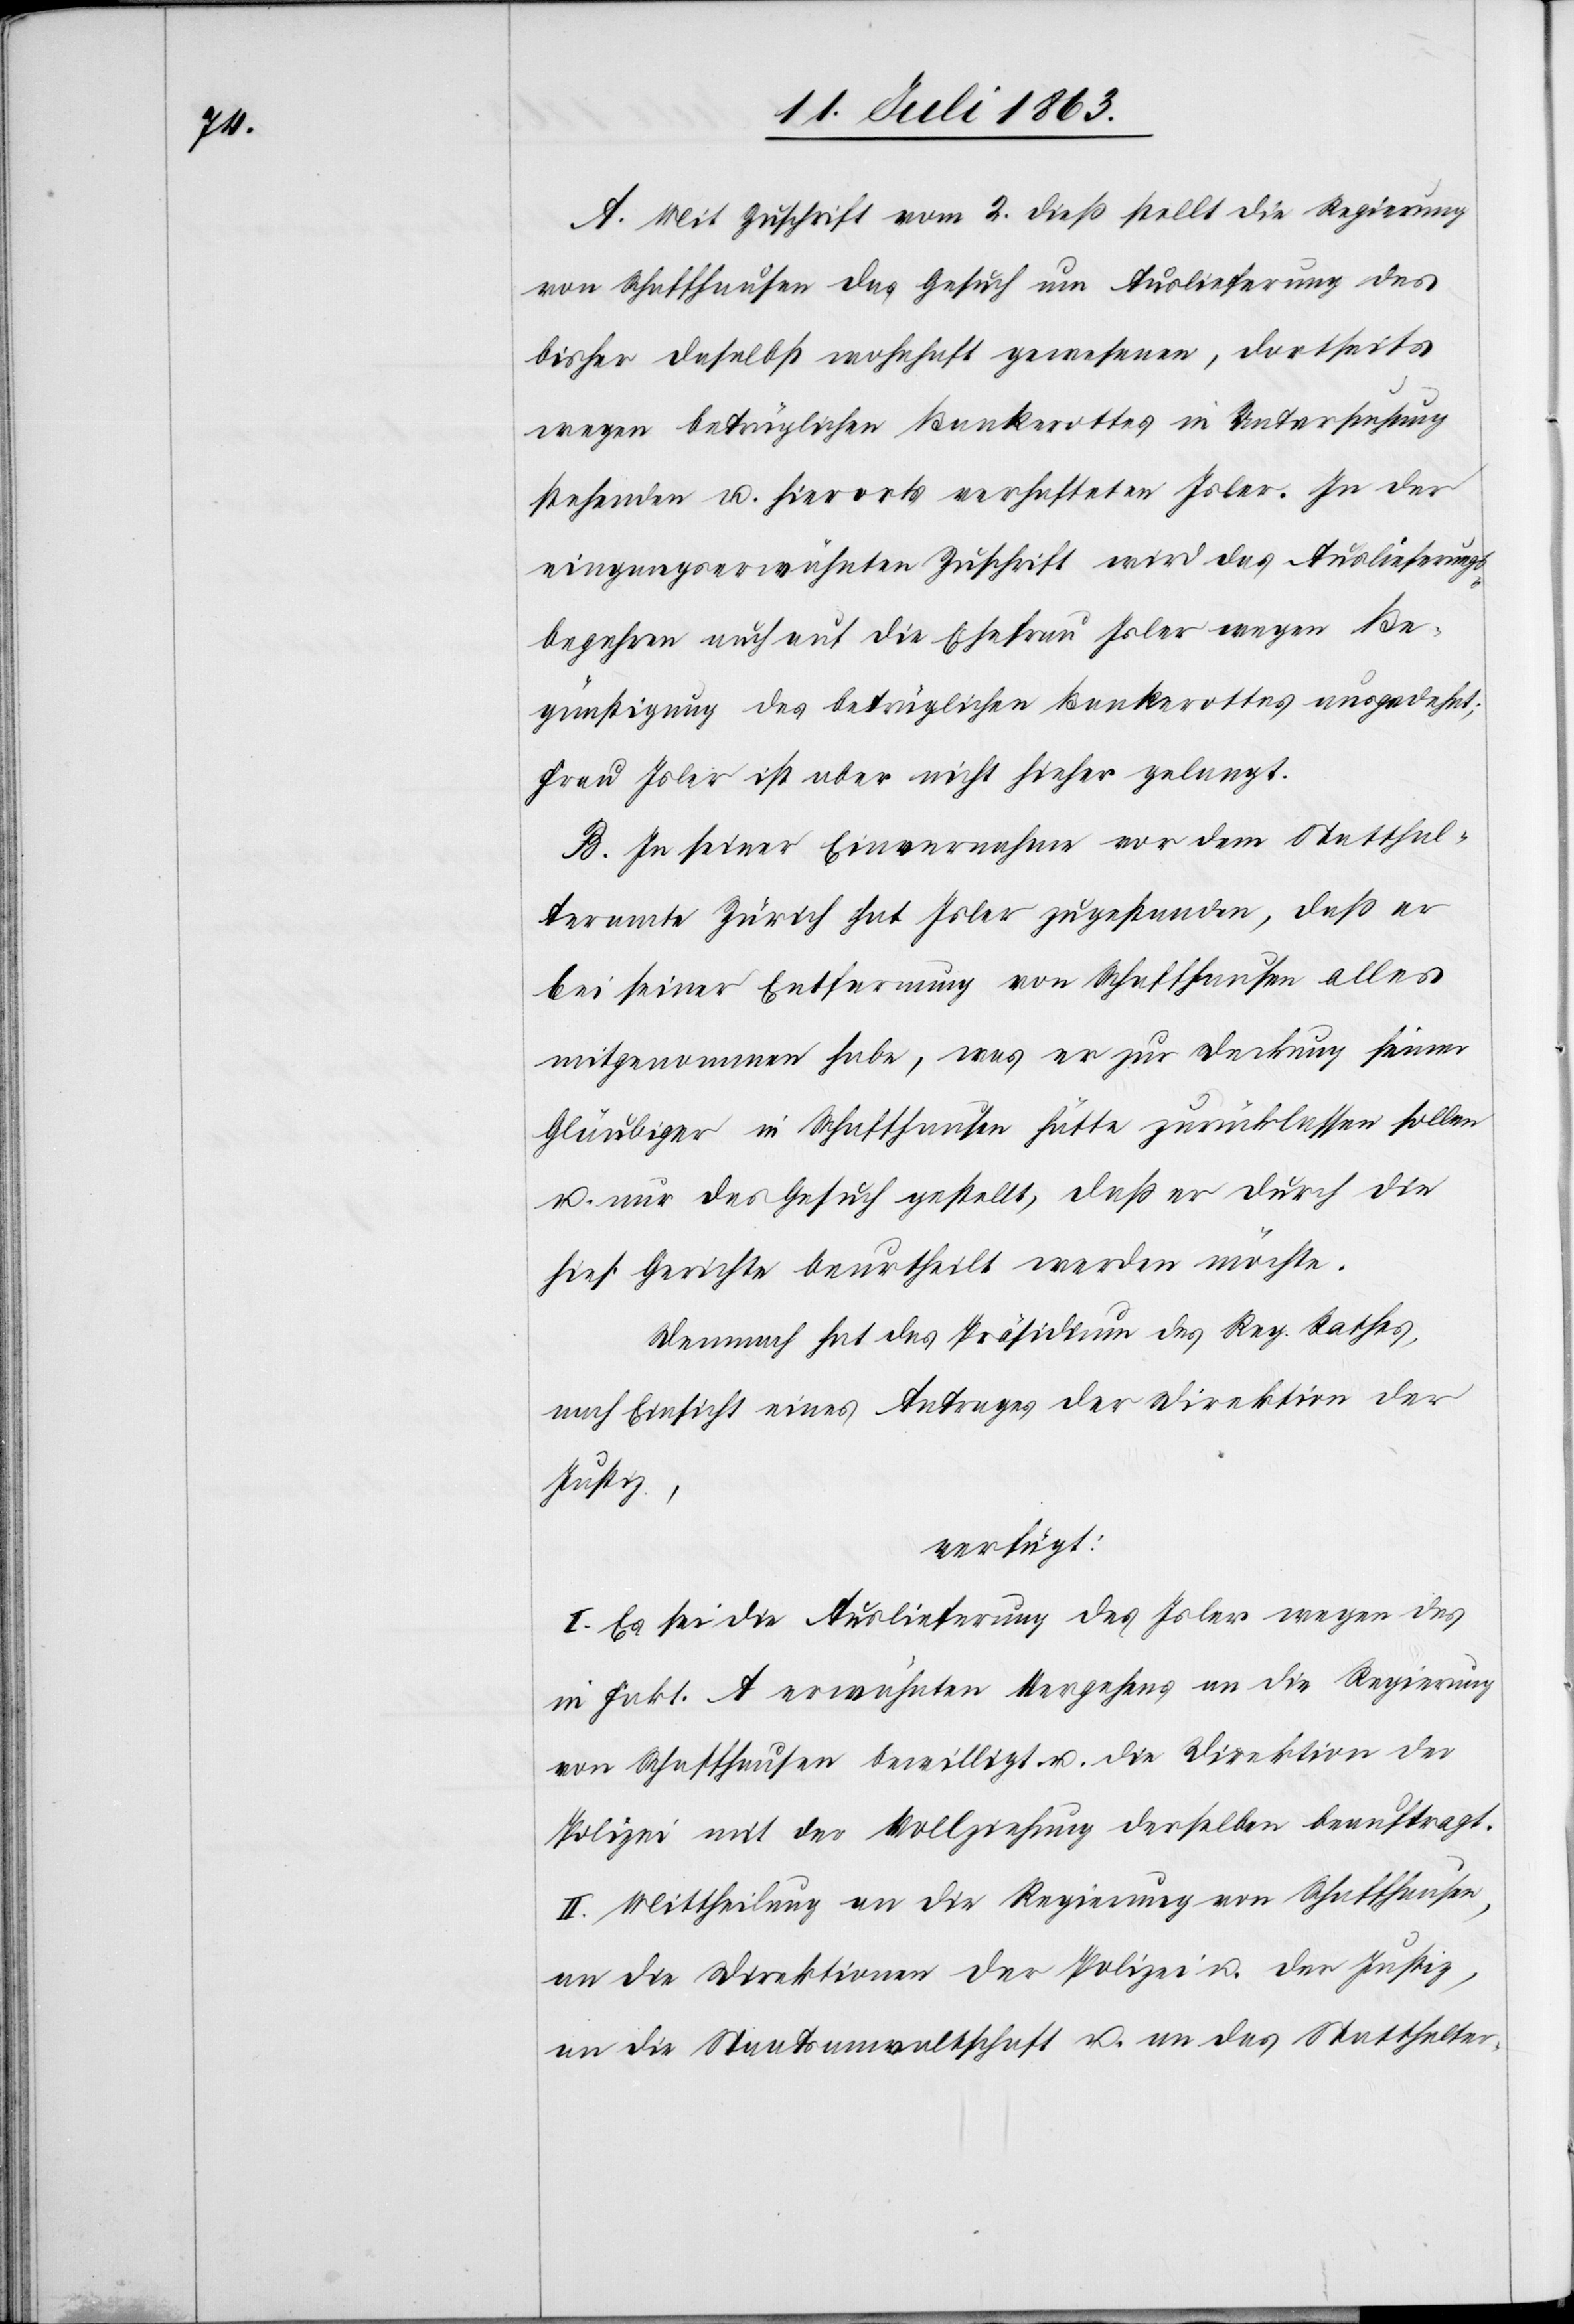
A. Mit Zuschrift vom 2. dieß stellt die Regierung
von Schaffhausen das Gesuch um Auslieferung des
bisher daselbst wohnhaft gewesenen, dortseits
wegen betrüglichen Bankerottes in Untersuchung
stehenden u. hierorts verhafteten Isler. In der
eingangserwähnten Zuschrift wird das Auslieferungs¬
begehren auch auf die Ehefrau Isler wegen Be¬
günstigung des betrüglichen Bankerottes ausgedehnt;
Frau Isler ist aber nicht hieher gelangt.
B. In seiner Einvernahme vor dem Statthal¬
teramte Zürich hat Isler zugestanden, daß er
bei seiner Entfernung von Schaffhausen alles
mitgenommen habe, was er zur Deckung seiner
Gläubiger in Schaffhausen hätte zurücklassen sollen
u. nur das Gesuch gestellt, daß er durch die
hies. Gerichte beurtheilt werden möchte.
Demnach hat das Präsidium des Reg. Rathes,
nach Einsicht eines Antrages der Direktion der
Justiz,
verfügt:
I. Es sei die Auslieferung des Isler wegen des
in Fakt. A erwähnten Vergehens an die Regierung
von Schaffhausen bewilligt u. die Direktion der
Polizei mit der Vollziehung derselben beauftragt.
II. Mittheilung an die Regierung von Schaffhausen,
an die Direktionen der Polizei u. der Justiz,
an die Staatsanwaltschaft u. an das Statthalter-